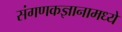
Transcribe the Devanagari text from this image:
संगणकज्ञानामध्ये